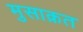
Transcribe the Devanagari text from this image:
मुसाक़त